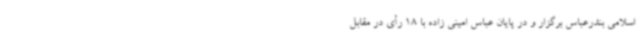
اسلامی بندرعباس برگزار و در پایان عباس امینی زاده با 18 رأی در مقابل